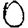
Digit: 0